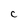
Character: C